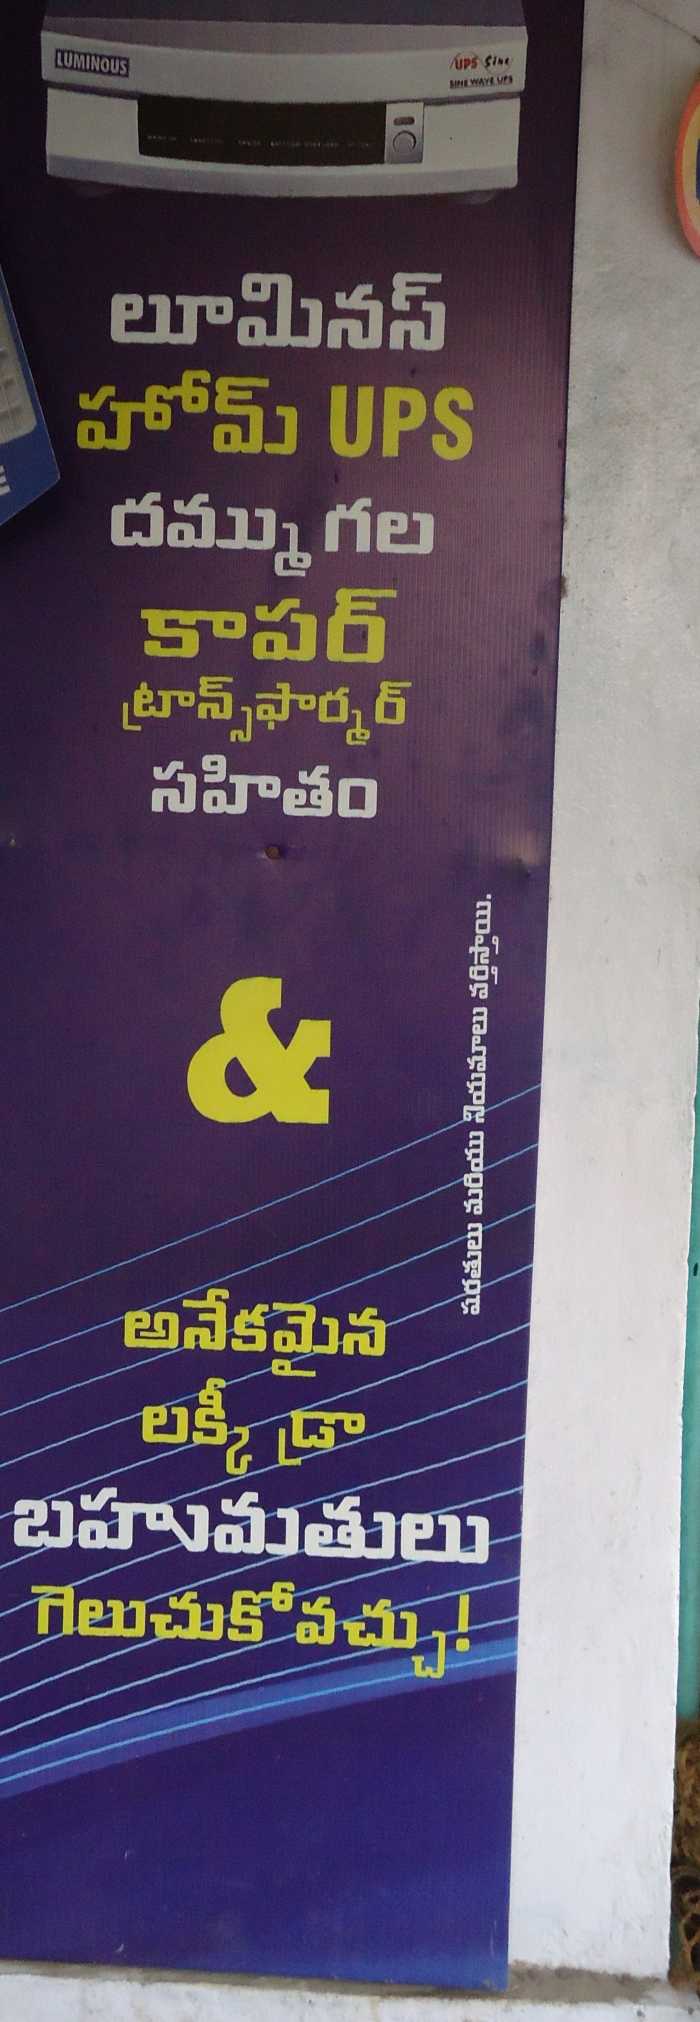
Language: telugu
Transcription: లూమినస్ హోమ్ దమ్ముగల కాపర్ సహితం అనేకమైన బహుమతులు ట్రాన్స ఫార్మర్